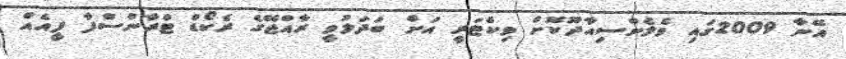
އޭނާ 2009ގައި ވެލެންސިއާދޫކޮށް ވިކްޓަރީ އަށް ބަދަލުވީ ރާއްޖޭގެ ރެކޯޑް ޓްރާންސްފާ ފީއެއް